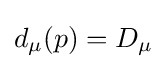
d_{\mu }(p)=D_{\mu }